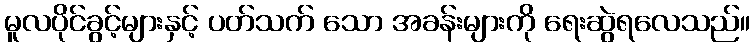
မူလပိုင်ခွင့်များနှင့် ပတ်သက် သော အခန်းများကို ရေးဆွဲရလေသည်။